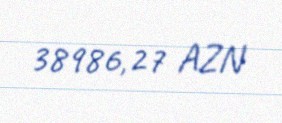
38986,27 AZN